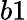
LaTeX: b1